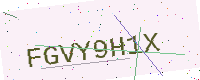
Text: FGVY9H1X